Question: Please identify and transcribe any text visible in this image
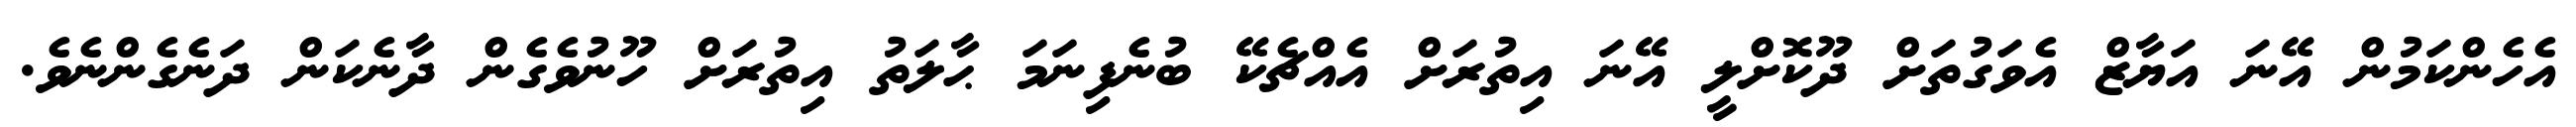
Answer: އެހެންކަމުން އޭނަ އަޔާޒް އެވަގުތަށް ދޫކޮށްލީ އޭނަ އިތުރަށް އެއްޗެކޭ ބުނެފިނަމަ ޙާލަތު އިތުރަށް ހޫނުވެގެން ދާނެކަން ދަނެގެންނެވެ.